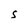
Character: S